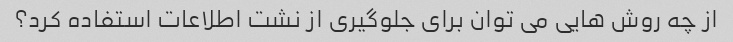
از چه روش هایی می توان برای جلوگیری از نشت اطلاعات استفاده کرد؟